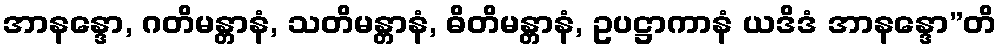
အာနန္ဒော, ဂတိမန္တာနံ, သတိမန္တာနံ, ဓိတိမန္တာနံ, ဥပဋ္ဌာကာနံ ယဒိဒံ အာနန္ဒော”တိ